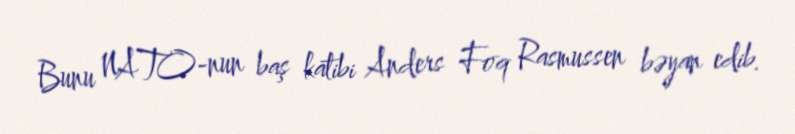
Bunu NATO-nun baş katibi Anders Foq Rasmussen bəyan edib.